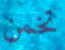
تخمن